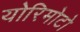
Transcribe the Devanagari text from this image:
योरिमोटो